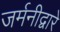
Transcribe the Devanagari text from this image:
जर्मनीद्वारे